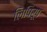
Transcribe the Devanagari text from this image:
लिपिरूप